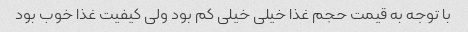
با توجه به قیمت حجم غذا خیلی خیلی کم بود ولی کیفیت غذا خوب بود